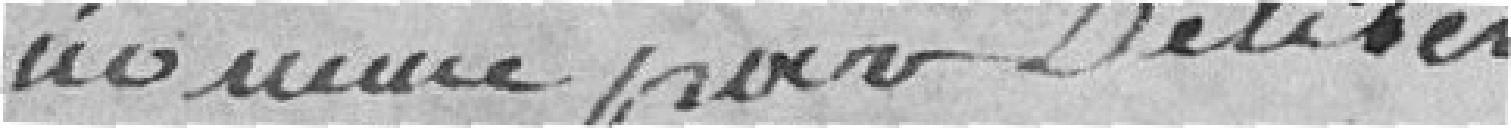
nommé par Délibération